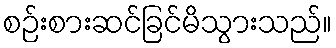
စဉ်းစားဆင်ခြင်မိသွားသည်။